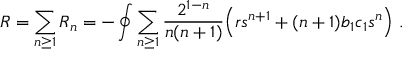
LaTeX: R = \sum _ { n \ge 1 } R _ { n } = - \oint \sum _ { n \ge 1 } { \frac { 2 ^ { 1 - n } } { n ( n + 1 ) } } \Big ( r s ^ { n + 1 } + ( n + 1 ) b _ { 1 } c _ { 1 } s ^ { n } \Big ) \ .